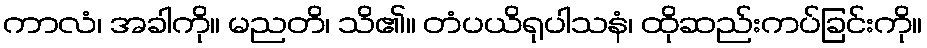
ကာလံ၊ အခါကို။ မညတိ၊ သိ၏။ တံပယိရုပါသနံ၊ ထိုဆည်းကပ်ခြင်းကို။